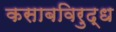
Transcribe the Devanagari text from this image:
कसाबविरुद्ध